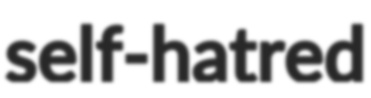
self-hatred